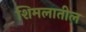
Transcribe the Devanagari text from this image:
शिमलातील